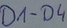
Text: D1-04